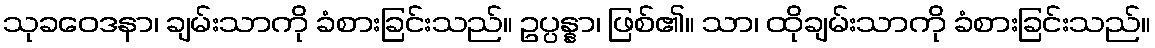
သုခဝေဒနာ၊ ချမ်းသာကို ခံစားခြင်းသည်။ ဥပ္ပန္နာ၊ ဖြစ်၏။ သာ၊ ထိုချမ်းသာကို ခံစားခြင်းသည်။